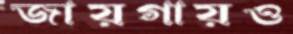
জায়গায়ও